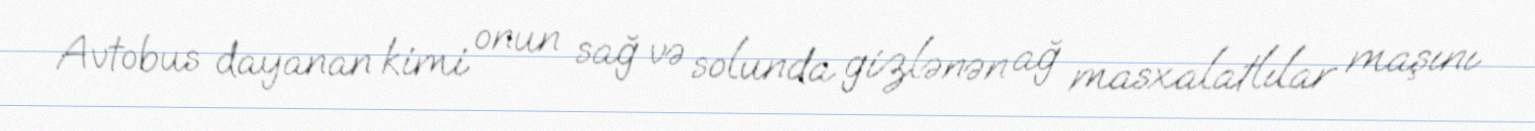
Avtobus dayanan kimi onun sağ və solunda gizlənən ağ masxalatlılar maşını